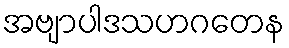
အဗျာပါဒသဟဂတေန